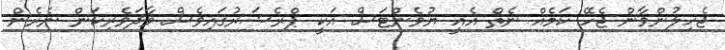
ޖެހިލުންވާން ޖެހޭ ކަމެއް ނެތް އެއީ ޔުވެންޓަސް އަކީ ޕްރެޝަރުގައިވެސް ވާދަވެރިކަން ނެރެން